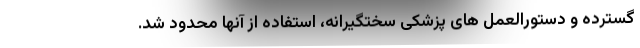
گسترده و دستورالعمل‌ های پزشکی سختگیرانه، استفاده از آنها محدود شد.